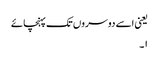
یعنی اسے دوسروں تک پہنچائے
۱۔